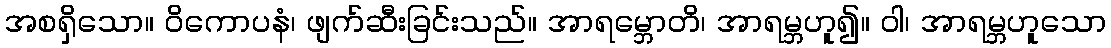
အစရှိသော။ ဝိကောပနံ၊ ဖျက်ဆီးခြင်းသည်။ အာရမ္ဘောတိ၊ အာရမ္ဘဟူ၍။ ဝါ၊ အာရမ္ဘဟူသော